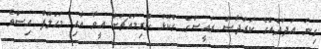
ގިނަ އަދަދެއްގެ ކަރުދާސް ރައީސްގެ ގެކޮޅު ކުރިމައްޗަށް އީވާ އާއި މަހްލޫފް އިސްވެ